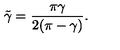
\tilde { \gamma } = \frac { \pi \gamma } { 2 ( \pi - \gamma ) } .